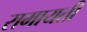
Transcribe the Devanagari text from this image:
रामायती